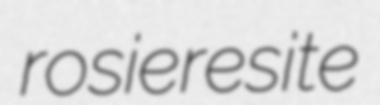
rosieresite